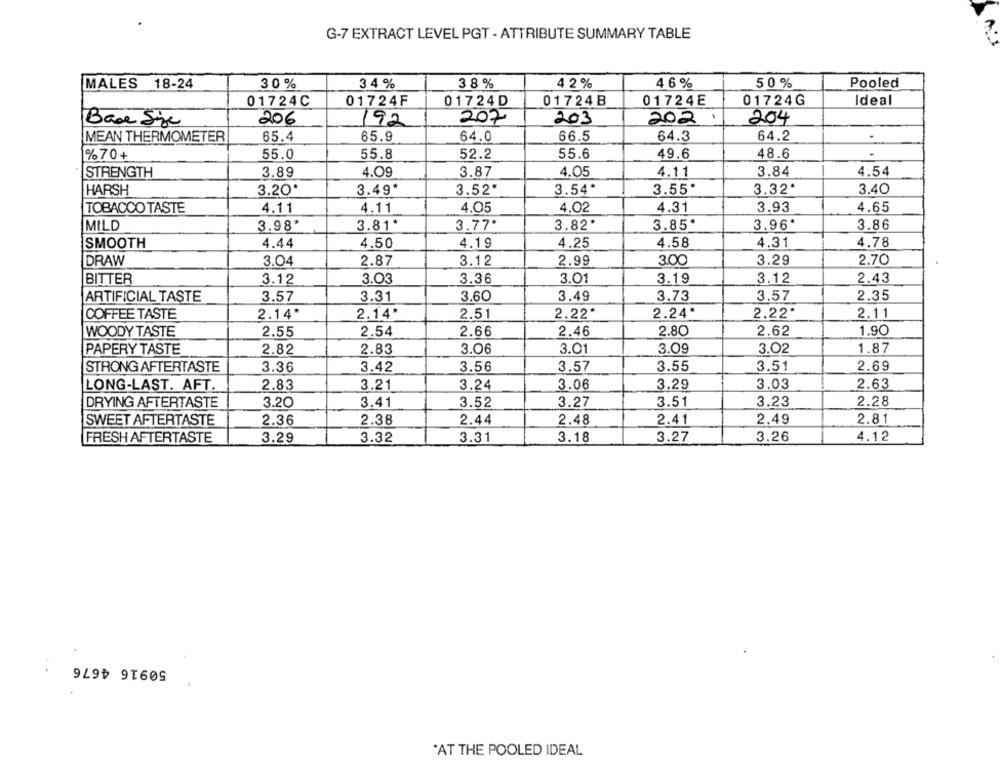
G-7 EXTRACT LEVEL PGT - ATTRIBUTE SUMMARY TABLE
MALES 18-24
30%
3 4 %
38 %
4 2 %
46%
50 %
Pooled
01724C
01724F
01724D
01724B
01724E
01724G
Ideal
Base Size
206
192
207
203
202 .
204
MEAN THERMOMETER
65.4
65.9
64.0
66.5
64.3
64.2
52.2
49.6
%70+
55.0
55.8
55.6
48.6
STRENGTH
3.89
4.09
3.87
4.05
4.11
3.84
4.54
HARSH
3.20
3.49*
3.52.
3.54
3.55*
3.32*
3.40
4.05
4.02
4.31
3.93
4.65
TOBACCO TASTE
4.11
4.11
MILD
3.98
3.81*
3.77*
3.82*
3.85*
3.96*
3.86
SMOOTH
4.44
4.50
4.19
4.25
4.58
4.31
4.78
DRAW
3.04
2.87
3.12
2.99
3.00
3.29
2.70
BITTER
3.12
3.03
3.36
3.01
3.19
3.12
2.43
ARTIFICIAL TASTE
3.57
3.31
3.60
3.49
3.73
3.57
2.35
2.14*
2.14
2.51
2.22*
2.24*
2.22*
2.11
COFFEE TASTE
2.62
1.90
WOODY TASTE
2.55
2.54
2.66
2.46
2.80
PAPERY TASTE
2.82
2.83
3.06
3.01
3.09
3.02
1.87
STRONG AFTERTASTE
3.36
3.42
3.56
3.57
3.55
3.51
2.69
2.63
LONG-LAST. AFT.
2.83
3.21
3.24
3.06
3.29
3.03
DRYING AFTERTASTE
3.20
3.41
3.52
3.27
3.51
3.23
2.28
SWEET AFTERTASTE
2.36
2.38
2.44
2.48
2.41
2.49
2.81
3.27
3.26
4.12
FRESH AFTERTASTE
3.29
3.32
3.31
3.18
50916 4676
'AT THE POOLED IDEAL